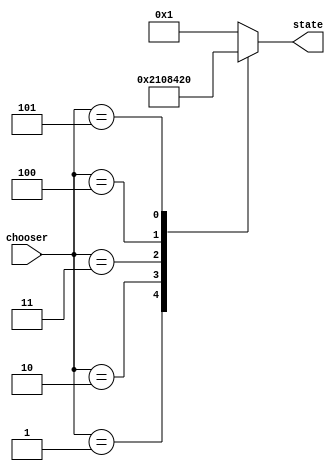
module stateChooser (input [2:0]chooser,
                     output [5:0]state);

reg [5:0] r_state;

always @ (chooser, state)
   begin
      case (chooser)
            3'b000: r_state = 6'b000001;
            3'b001: r_state = 6'b000010;
            3'b010: r_state = 6'b000100;
            3'b011: r_state = 6'b001000;
            3'b100: r_state = 6'b010000;
            3'b101: r_state = 6'b100000;
            default: r_state = 6'b000001;
         endcase //case chooser
   end //always chooser
   
assign state = r_state;   
                     
endmodule